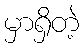
မှာရှိတဲ့